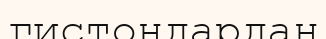
гистондардан